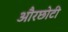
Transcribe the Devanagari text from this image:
औरछोटी